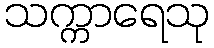
သက္ကာရေသု